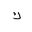
Letter: _kaf